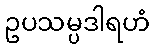
ဥပသမ္ပဒါရဟံ